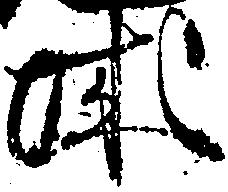
城